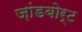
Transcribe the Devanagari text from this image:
ज़ांडबोर्ट